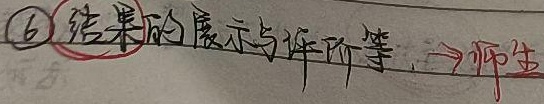
\textcircled{6}结果的展示与评价等，\(\xrightarrow{\text{师生}}\)